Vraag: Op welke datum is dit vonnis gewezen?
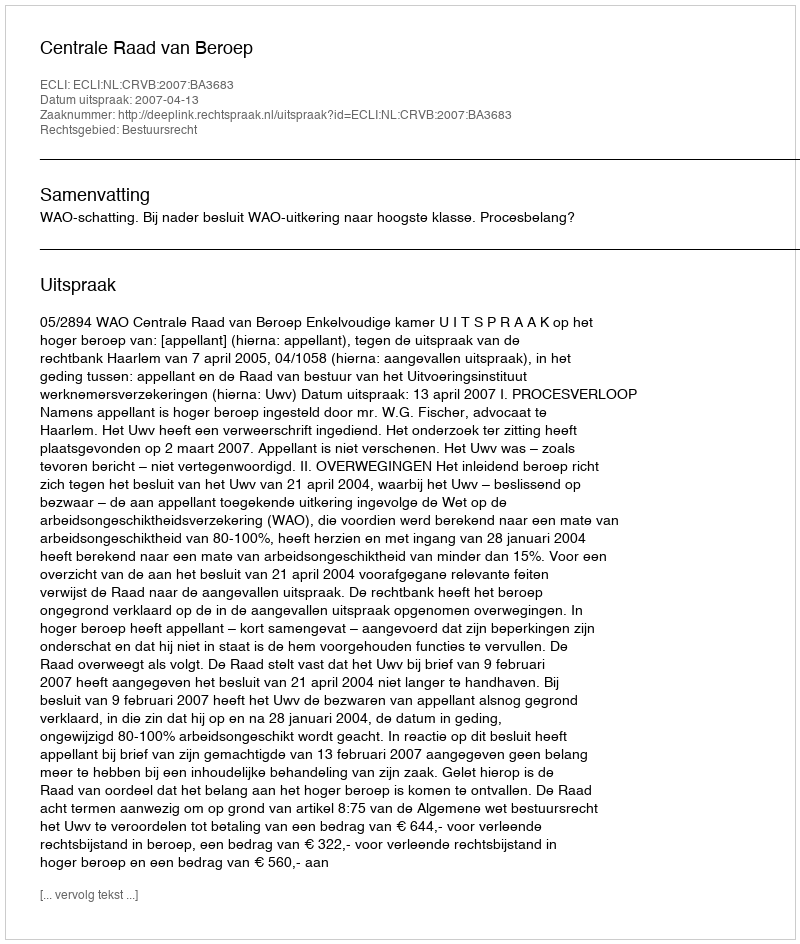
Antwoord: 2007-04-13